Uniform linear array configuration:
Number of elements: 48
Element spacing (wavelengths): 0.75
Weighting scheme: hamming
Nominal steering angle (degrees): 60
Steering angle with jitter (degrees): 59.654
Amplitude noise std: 0.05
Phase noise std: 0.05

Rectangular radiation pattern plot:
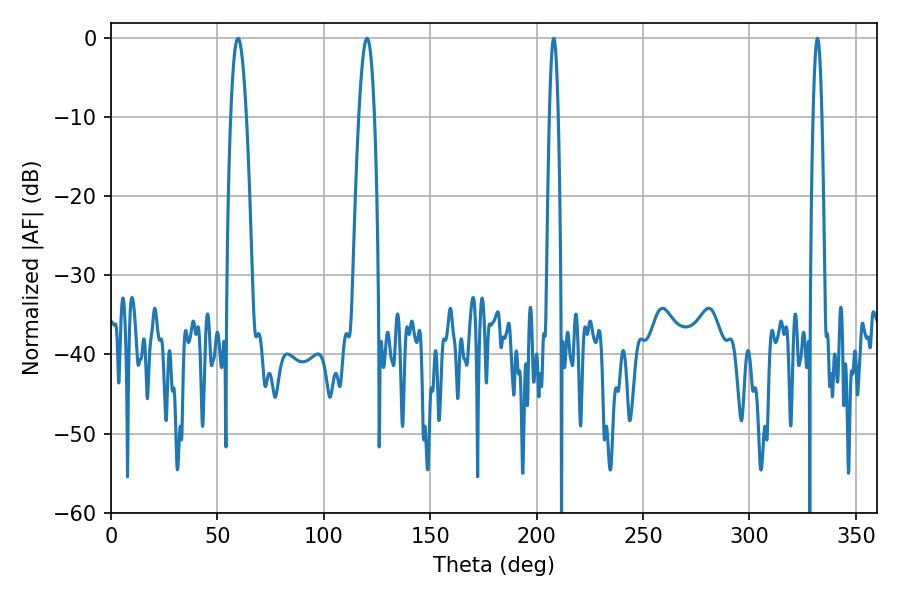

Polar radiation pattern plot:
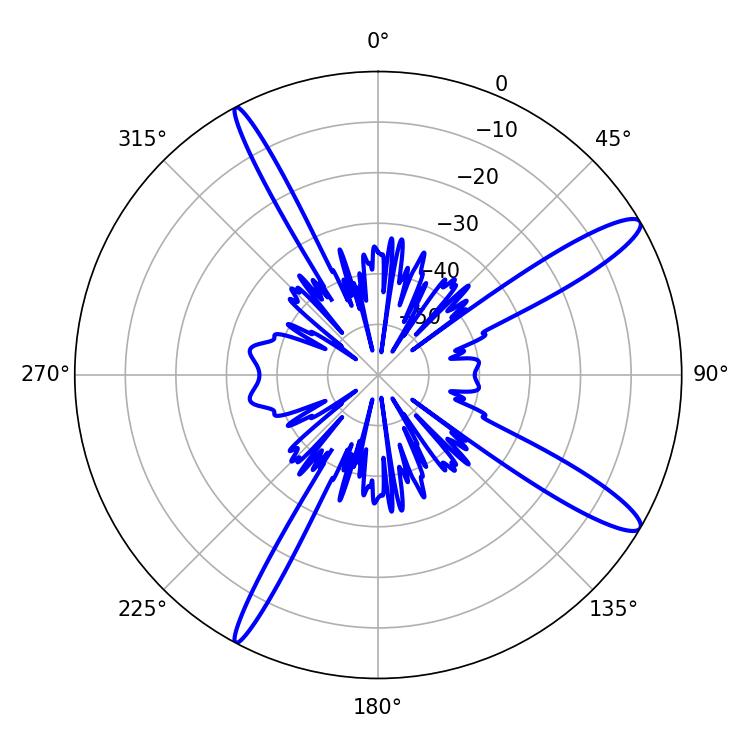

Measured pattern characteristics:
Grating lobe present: TRUE
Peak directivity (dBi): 13.396
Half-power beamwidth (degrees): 2.16
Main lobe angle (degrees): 331.92